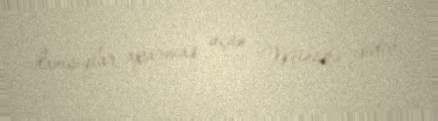
danışıqlar aparmaq üçün Minskə gedib.